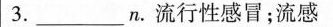
3.______n.流行性感冒；流感